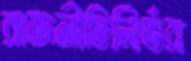
রাজনীতিনির্ভর